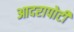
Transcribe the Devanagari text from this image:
आदरापोटी